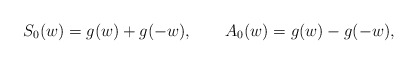
\begin{align*}S_0(w) = g(w) + g(-w),\qquad A_0(w) = g(w) - g(-w),\end{align*}